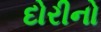
દોરીનો